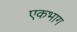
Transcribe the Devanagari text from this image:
एकभाग